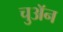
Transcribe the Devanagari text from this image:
चुअॅन